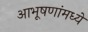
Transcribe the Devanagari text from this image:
आभूषणांमध्ये